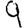
Digit: 9